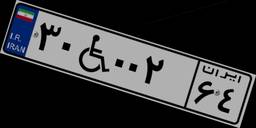
۳۰W۰۰۲۶۴